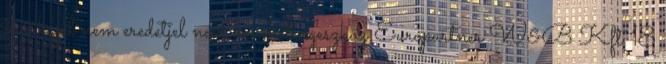
márkajel nem eredetjel nem marketingeszköz Europartner W&B Kft 18